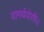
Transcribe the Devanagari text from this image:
वागर्थयोरपि॥